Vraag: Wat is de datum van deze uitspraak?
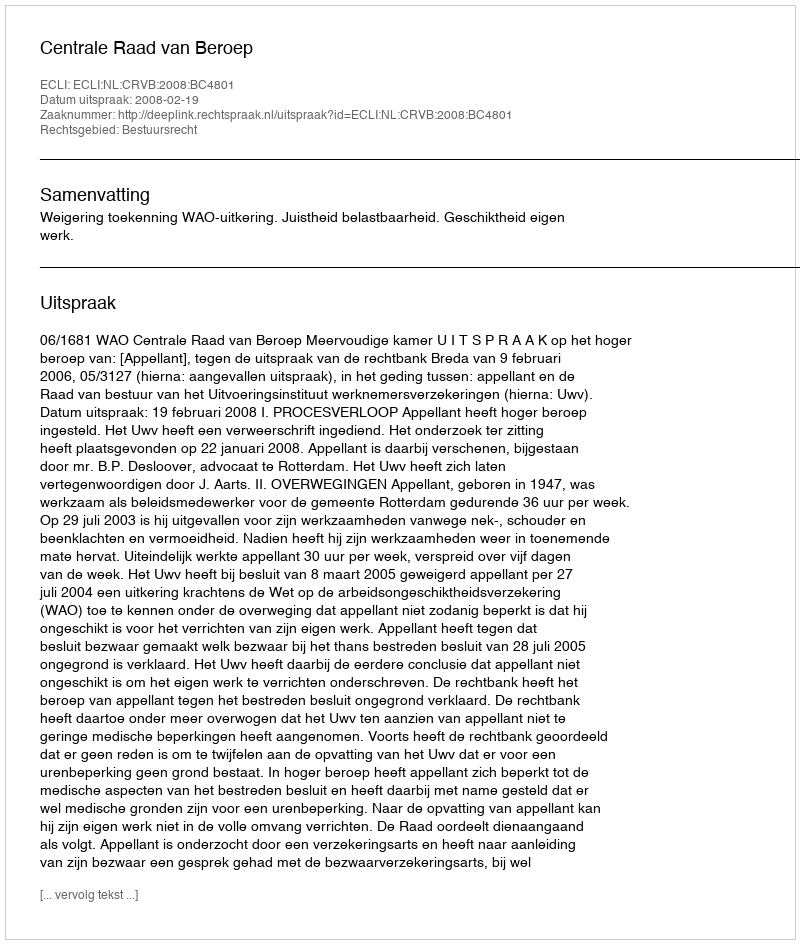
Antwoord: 2008-02-19